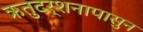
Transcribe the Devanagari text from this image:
ऋतुदर्शनापासुन